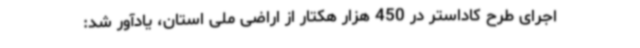
اجرای طرح کاداستر در 450 هزار هکتار از اراضی ملی استان، یادآور شد: